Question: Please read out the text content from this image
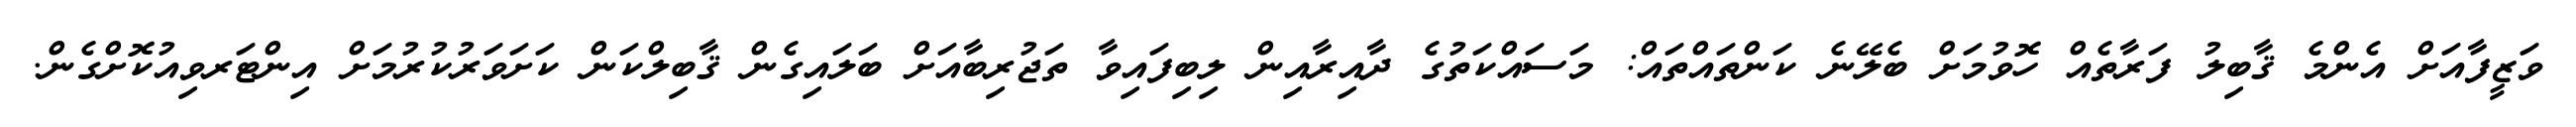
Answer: ވަޒީފާއަށް އެންމެ ޤާބިލު ފަރާތެއް ހޮވުމަށް ބެލޭނެ ކަންތައްތައް: މަސައްކަތުގެ ދާއިރާއިން ލިބިފައިވާ ތަޖުރިބާއަށް ބަލައިގެން ޤާބިލްކަން ކަށަވަރުކުރުމަށް އިންޓަރވިއުކޮށްގެން.